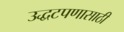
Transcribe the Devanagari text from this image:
उद्धटपणासाठी